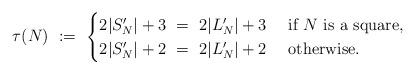
LaTeX: \begin{align*}\tau(N) \ :=\ \begin{cases}2|S'_N| + 3\ =\ 2|L'_N| + 3 &\mbox{ if }N\mbox{ is a square},\\ 2|S'_N| + 2\ =\ 2|L'_N| + 2 &\mbox{ otherwise}.\end{cases}\end{align*}